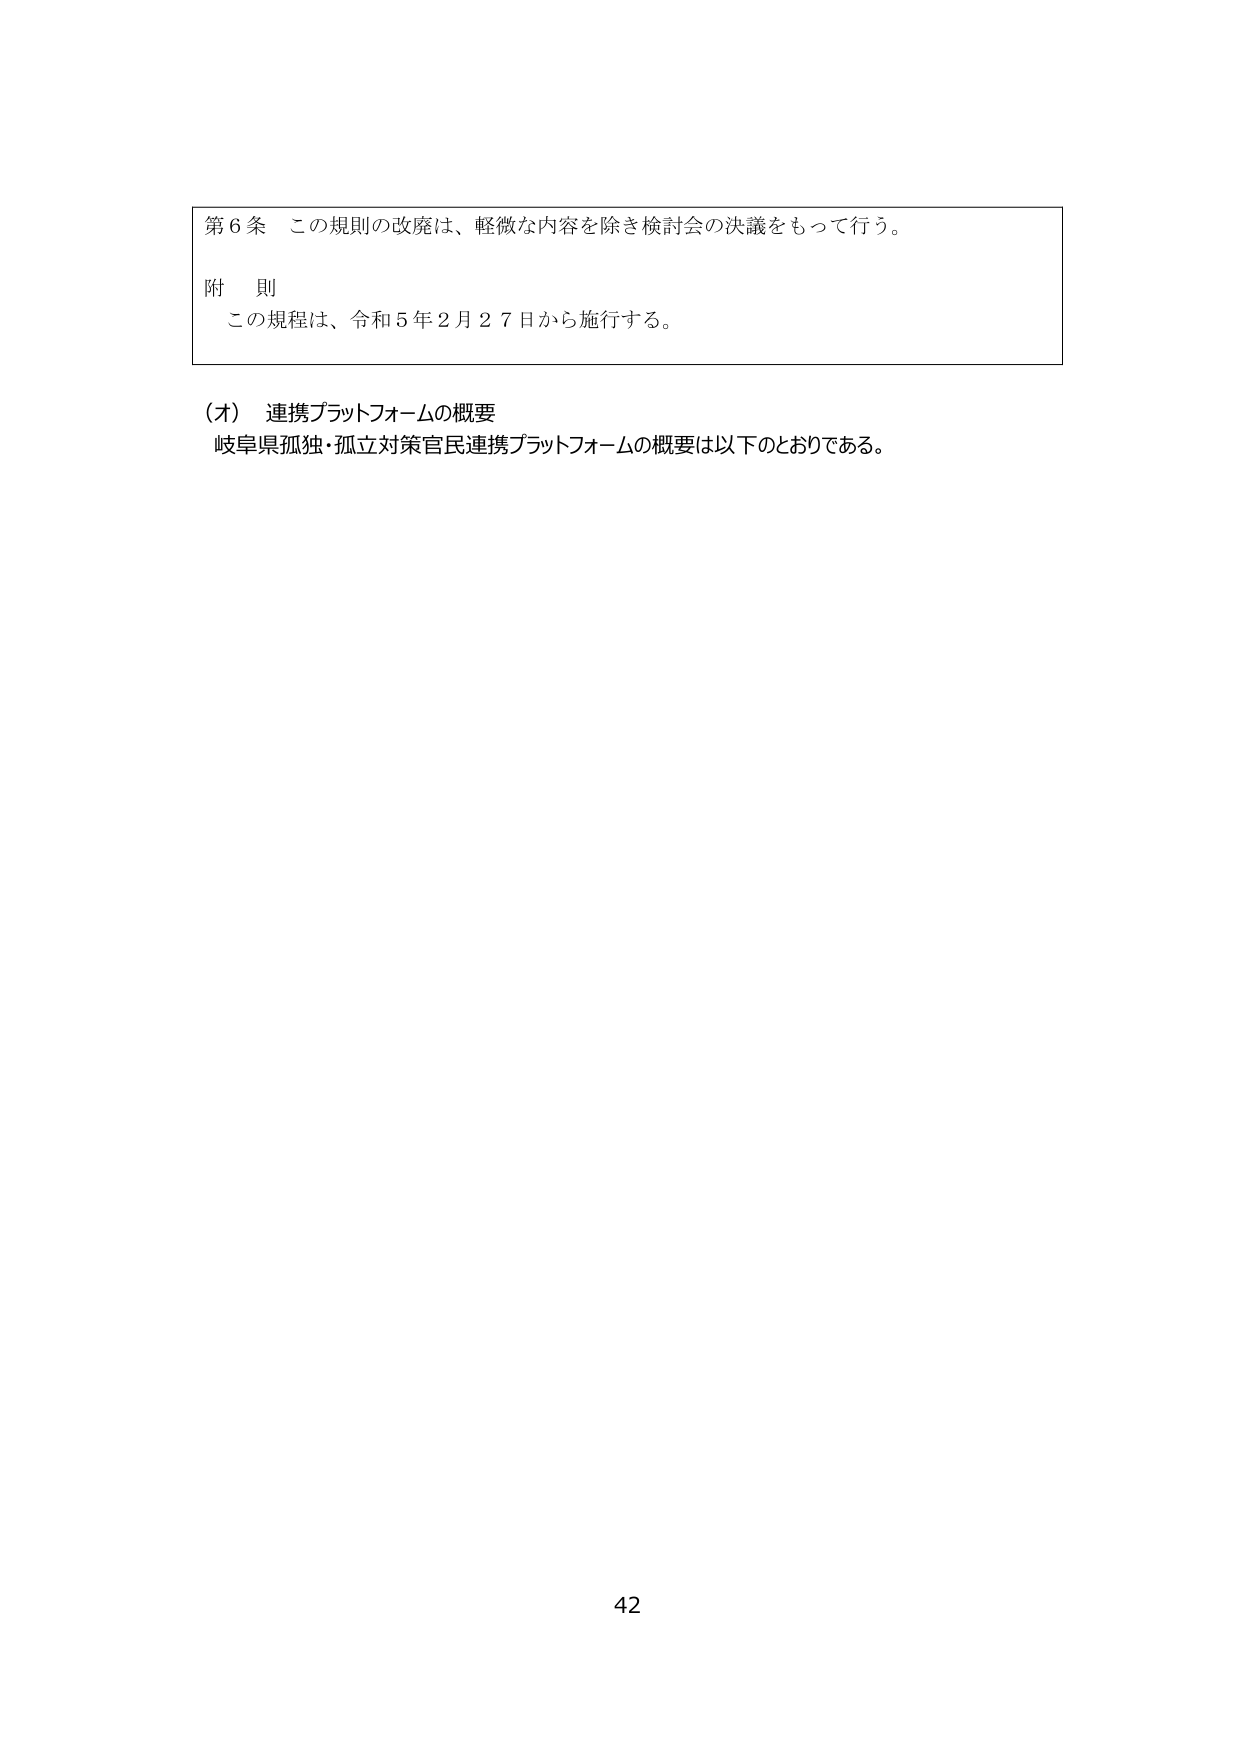
第６条　この規則の改廃は、軽微な内容を除き検討会の決議をもって行う。

附　則
　この規程は、令和５年２月２７日から施行する。

（オ）　連携プラットフォームの概要
　岐阜県孤独・孤立対策官民連携プラットフォームの概要は以下のとおりである。

42